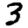
Digit: 3